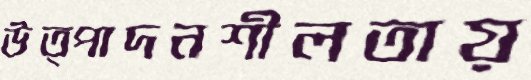
উত্পাদনশীলতায়